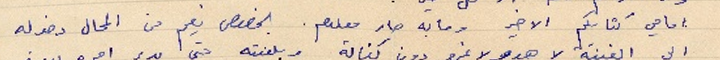
امامي كتابكم الاخير وما به صار معلوم. بخصوص نعيم من المحال دخوله